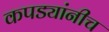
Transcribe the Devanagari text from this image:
कपड्यांनीच